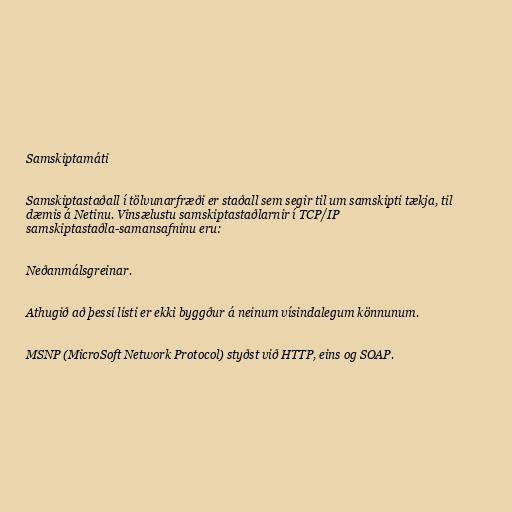
Samskiptamáti

Samskiptastaðall í tölvunarfræði er staðall sem segir til um samskipti tækja, til
dæmis á Netinu. Vinsælustu samskiptastaðlarnir í TCP/IP
samskiptastaðla-samansafninu eru:

Neðanmálsgreinar.

Athugið að þessi listi er ekki byggður á neinum vísindalegum könnunum.

MSNP (MicroSoft Network Protocol) styðst við HTTP, eins og SOAP.